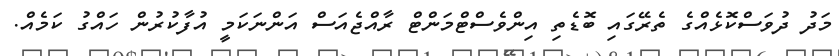
މަދު ދުވަސްކޮޅެއްގެ ތެރޭގައި ބޮޑެތި އިންވެސްޓްމަންޓް ރާއްޖެއަސް އަންނަކަމީ އުފާކުރުން ހައްގު ކަމެއް.